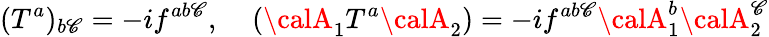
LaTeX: ({T^{a}})_{b\mathscr{C}}=-if^{ab\mathscr{C}},\; \; \; \; ({\calA}_{1}T^{a}{\calA}_{2})=-if^{ab\mathscr{C}}{\calA}_{1}^{b}{\calA}_{2}^{\mathscr{C}}